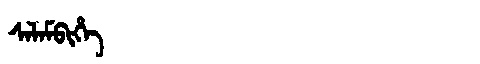
Manchu: ᠰᠠᠯᠠᠮᠪᡳᡥᡝ
Romanization: SALAMBIHE